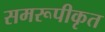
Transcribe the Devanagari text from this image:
समरूपीकृत